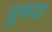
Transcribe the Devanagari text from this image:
वुफछ